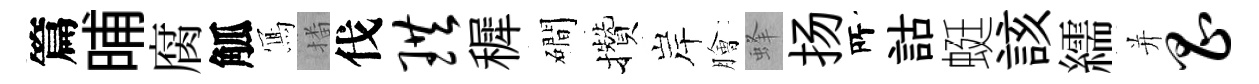
篇晡腐觚𭂁播伐珙穉磵攢岸膾蜂扬𠩄詁蜓該繻并昌